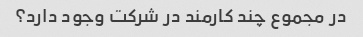
در مجموع چند کارمند در شرکت وجود دارد؟